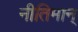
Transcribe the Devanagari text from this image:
नीतिमान्